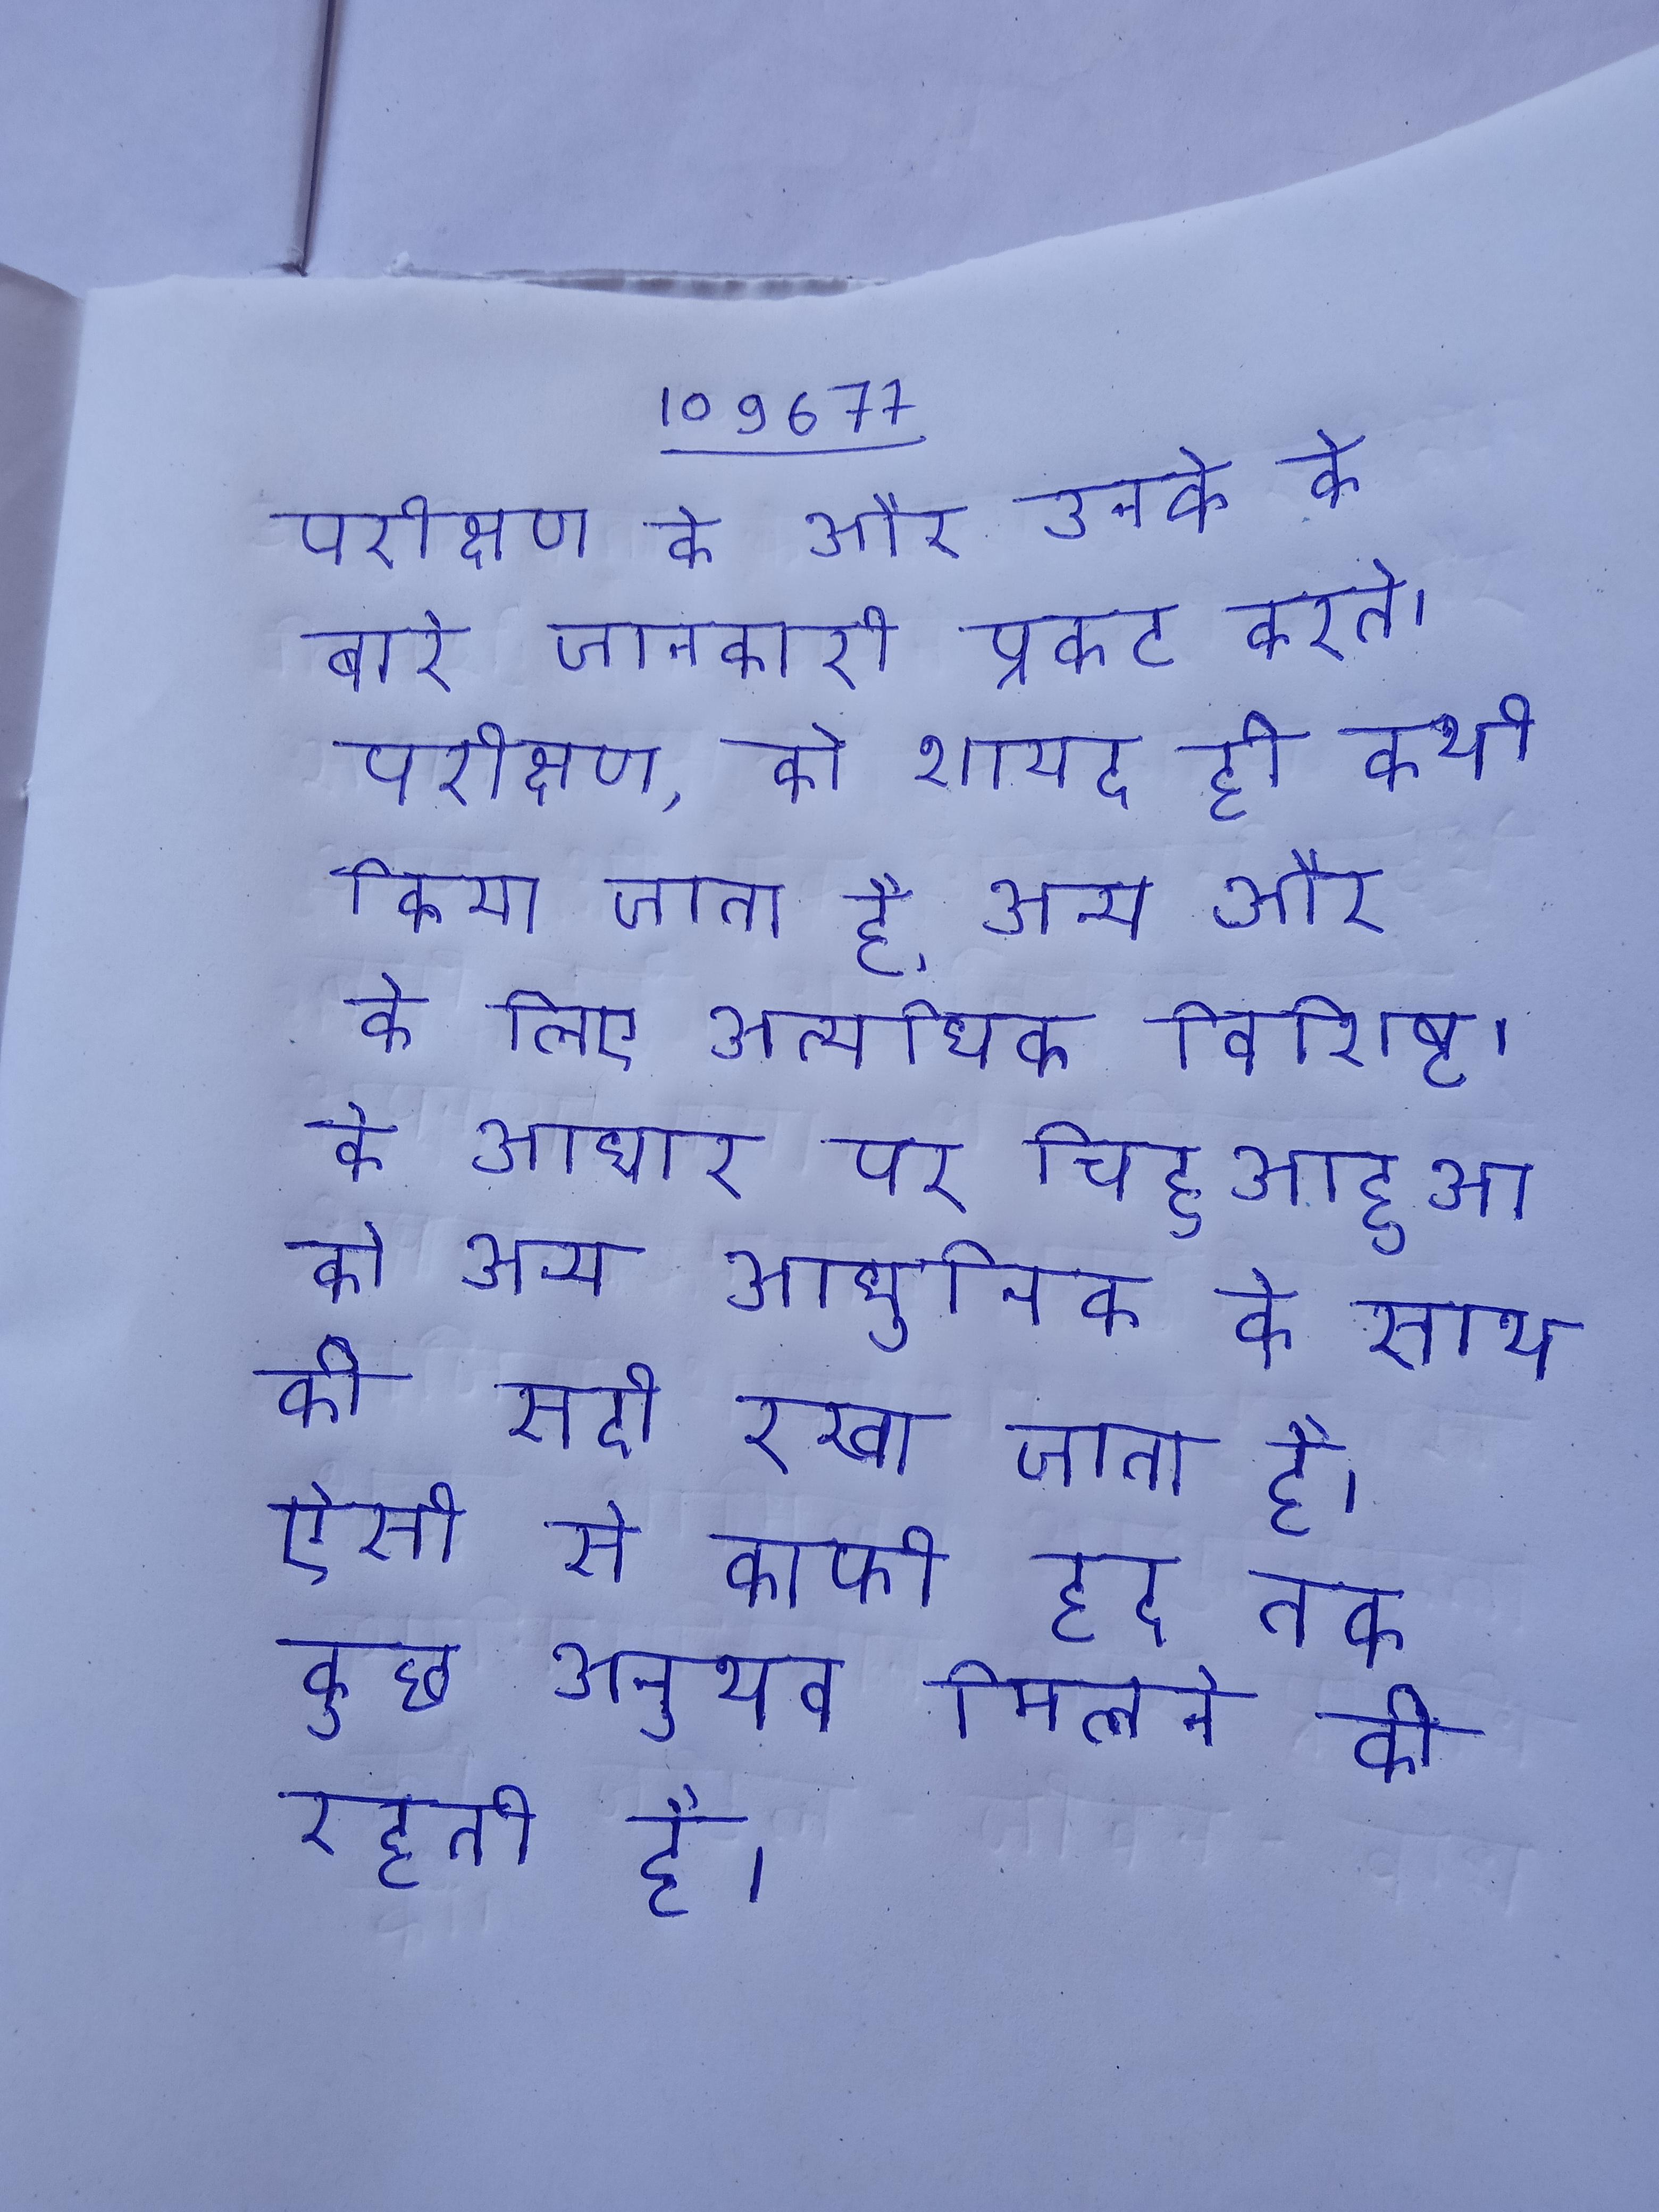
परीक्षण के और उनके के बारे जानकारी प्रकट करते । परीक्षण, को शायद ही कभी किया जाता है, अन्य और के लिए अत्यधिक विशिष्ट । के आधार पर चिहुआहुआ को अन्य आधुनिक के साथ की सदी रखा जाता है । ऐसी से काफी हद तक कुछ अनुभव मिलने की रहती है ।